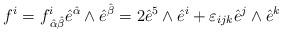
LaTeX: \begin{align*}f^i = f^i_{\,{\hat \alpha}{\hat \beta}} {\hat e}^{\hat \alpha} \wedge {\hat e}^{\hat \beta}= 2 {\hat e}^5\wedge {\hat e}^i +\varepsilon_{ijk} {\hat e}^j\wedge {\hat e}^k\end{align*}